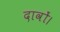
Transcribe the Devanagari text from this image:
दावों।